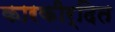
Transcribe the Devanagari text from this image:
कारकीर्दित